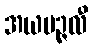
အယမဉ္ဇလီ